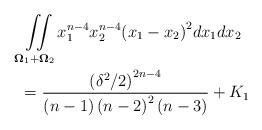
LaTeX: \begin{align*}& \iint\limits_{{{\bf{\Omega }}_1} + {{\bf{\Omega }}_2}} {x_1^{n - 4}x_2^{n - 4}{{\left( {{x_1} - {x_2}} \right)}^2}d{x_1}d{x_2}} \\ & = \frac{{{{\left( {{{{\delta ^2}} \mathord{\left/ {\vphantom {{{\delta ^2}} 2}} \right. \kern-\nulldelimiterspace} 2}} \right)}^{2n - 4}}}}{{\left( {n - 1} \right){{\left( {n - 2} \right)}^2}\left( {n - 3} \right)}} + {K_1}\end{align*}